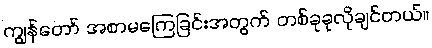
ကျွန်တော် အစာမကြေခြင်းအတွက် တစ်ခုခုလိုချင်တယ်။